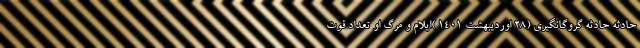
حادثه حادثه گروگانگیری (28 اوردیبهشت 1401 )ایلام و مرگ او تعداد فوت